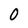
Character: 0